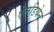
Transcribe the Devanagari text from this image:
ऐलडियेन